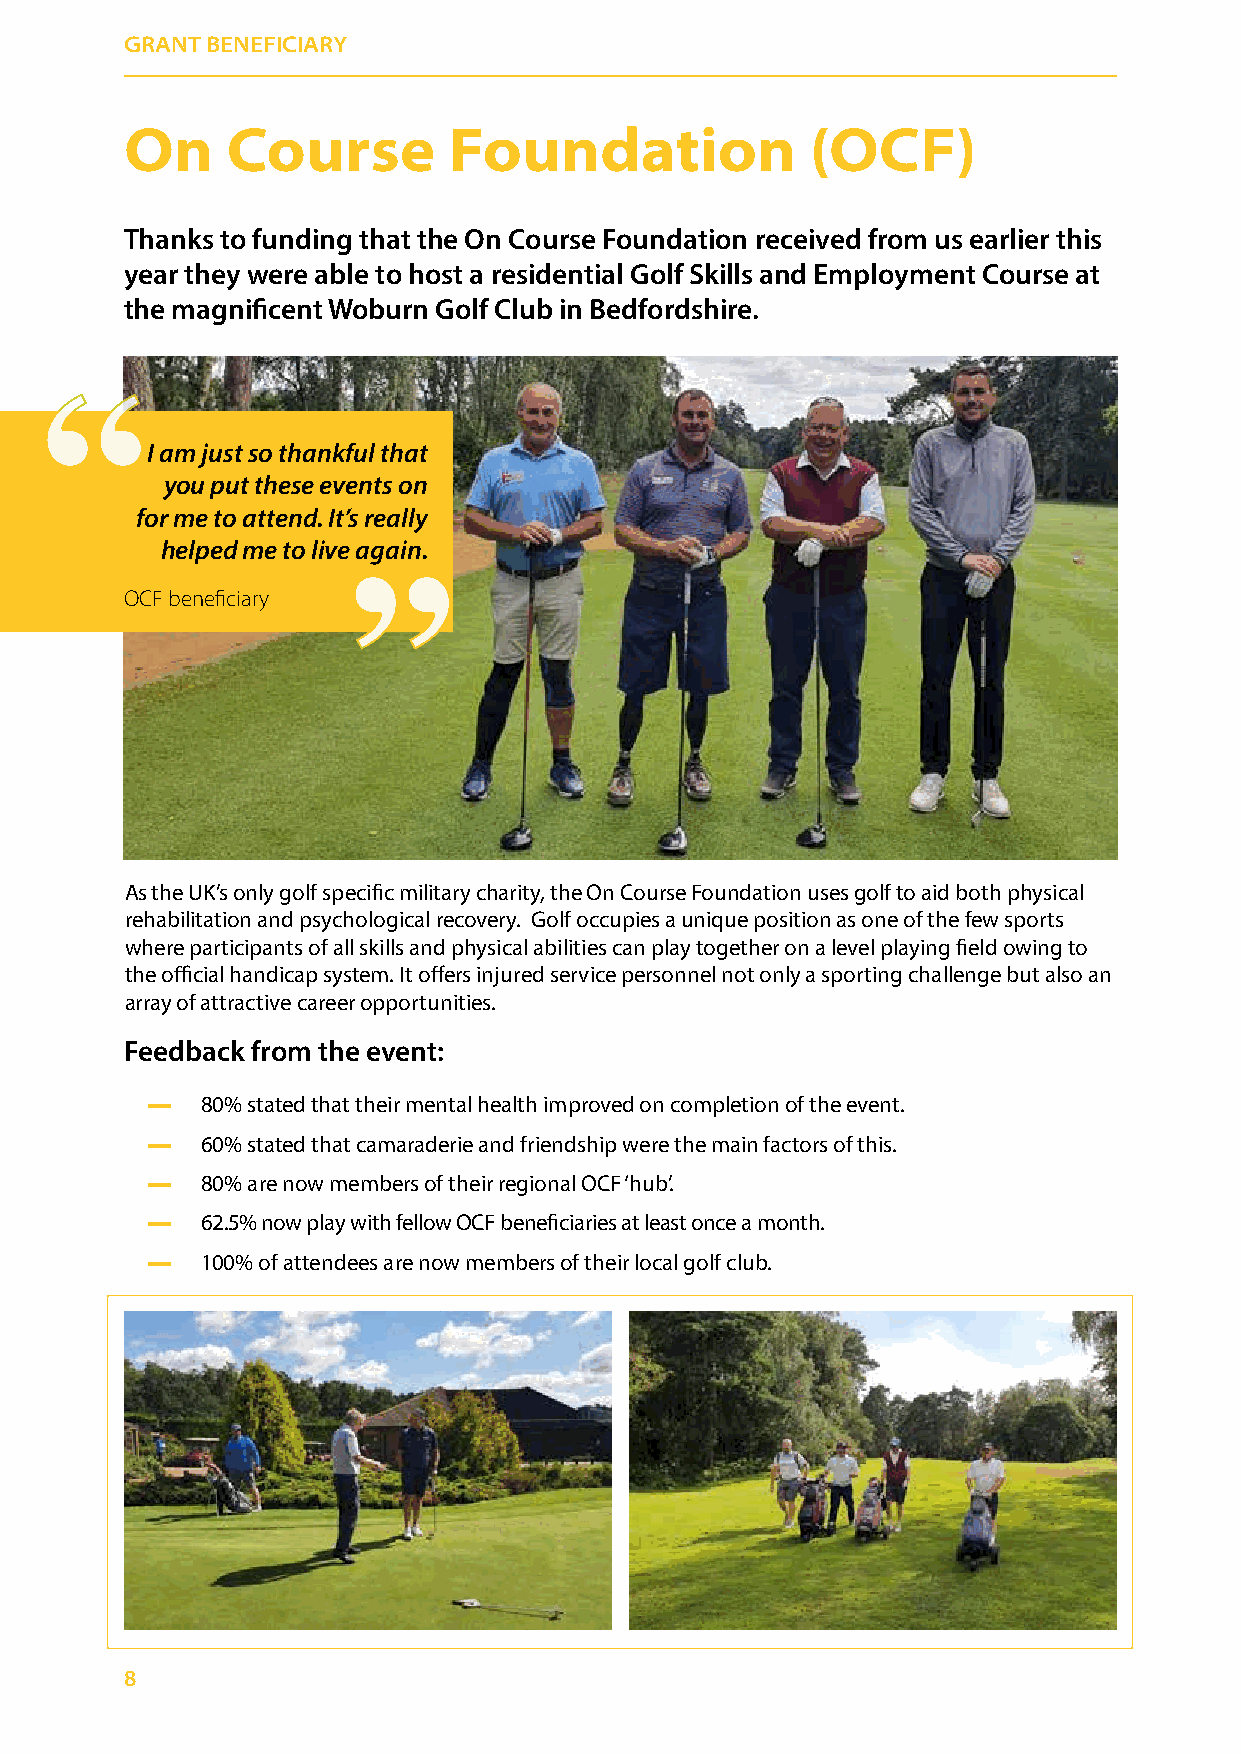
GRANT BENEFICIARY
 On     Course         Foundation              (OCF)
 Thanks to funding that the On Course Foundation received from us earlier this
 year they were able to host a residential Golf Skills and Employment Course at
 the magnificent Woburn Golf Club in Bedfordshire.
 ““
 ““
 I am just so thankful that
 you put these events on
 for me to attend. It’s really
 helped me to live again.
 OCF beneficiary
 As the UK’s only golf specific military charity, the On Course Foundation uses golf to aid both physical
 rehabilitation and psychological recovery. Golf occupies a unique position as one of the few sports
 where participants of all skills and physical abilities can play together on a level playing field owing to
 the official handicap system. It offers injured service personnel not only a sporting challenge but also an
 array of attractive career opportunities.
 Feedback from the event:
 ▬  80% stated that their mental health improved on completion of the event.
 ▬  60% stated that camaraderie and friendship were the main factors of this.
 ▬  80% are now members of their regional OCF ‘hub’.
 ▬  62.5% now play with fellow OCF beneficiaries at least once a month.
 ▬  100% of attendees are now members of their local golf club.
 8